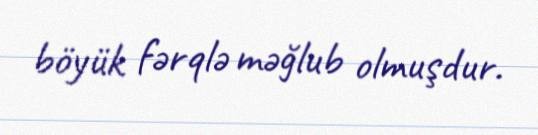
böyük fərqlə məğlub olmuşdur.